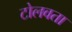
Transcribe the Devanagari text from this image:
टोलवता